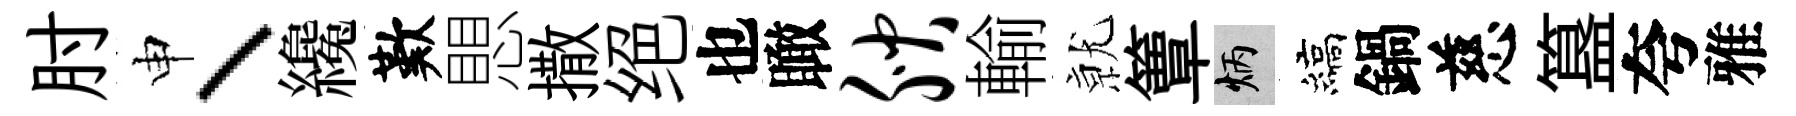
肘申、纔歎愳撒绝也瞰腴輸𭕒簟炳縞鍋慈簋夸雅